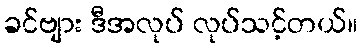
ခင်ဗျား ဒီအလုပ် လုပ်သင့်တယ်။